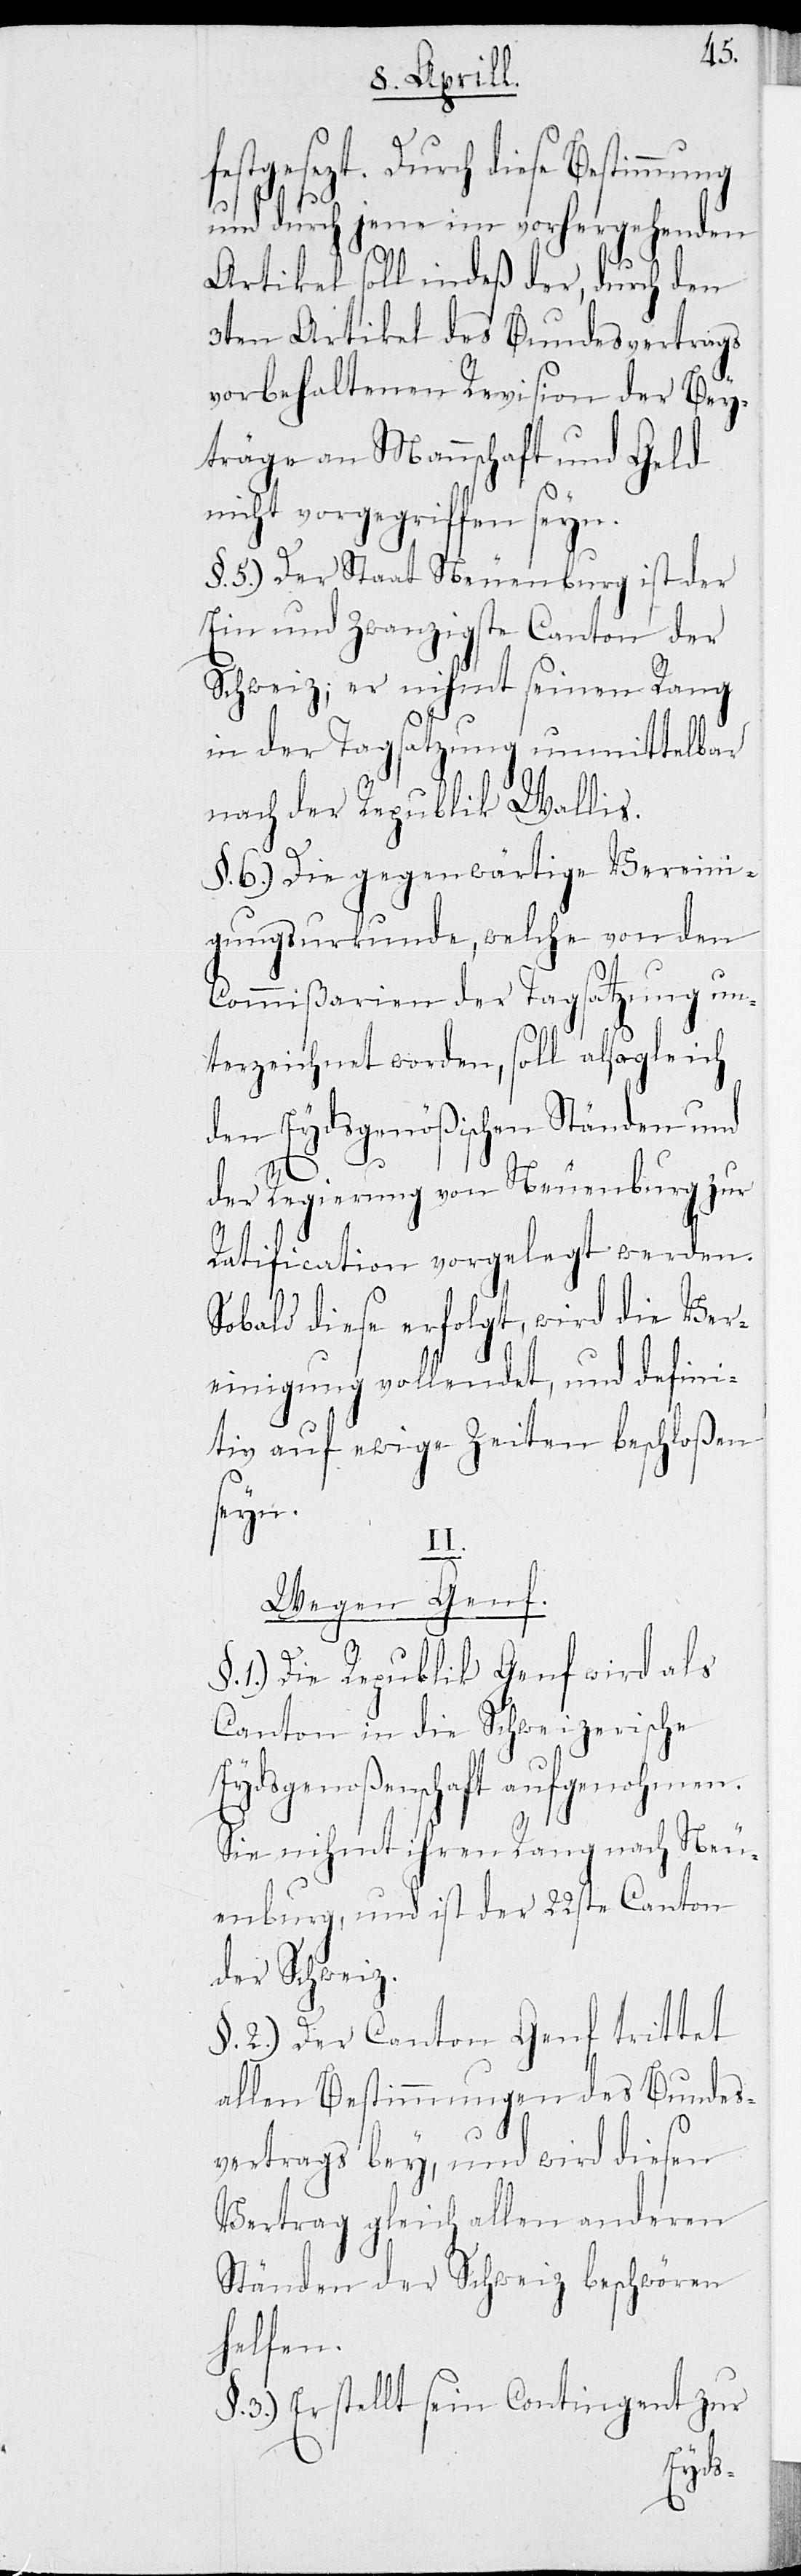
festgesetzt. Durch diese Bestimmung
und durch jene im vorhergehenden
Artikel soll indeß der, durch den
3ten Artikel des Bundesvertrags
vorbehaltenen Revision der Bey¬
träge an Mannschaft und Geld
nicht vorgegriffen seyn.
§ 5.) Der Staat Neuenburg ist der
Ein und Zwanzigste Canton der
Schweiz; er nihmt seinen Rang
in der Tagsatzung unmittelbar
nach der Republik Wallis.
§ 6.) Die gegenwärtige Vereini¬
gungsurkunde, welche von den
Commißarien der Tagsatzung un¬
terzeichnet worden, soll alsogleich
den Eydsgenößischen Ständen und
erische
der Regierung von Neuenburg zur
den.
Ratification vorgele¬
nf:
Ver¬
Sobald diese erfolgt, wird
einigung vollendet, und defini¬
tiv auf ewige Zeiten beschloßen
seyn.
II.
Wegen Ge¬
§ 1.) Die Republik Genf wird als
Canton in die Schweiz¬
Eydsgenoßenschaft aufgenohmen.
Sie nihmt ihren Rang nach Neu¬
enburg, und ist der 22ste Canton
der Schweiz.
§ 2.) Der Canton Genf trittet
allen Bestimmungen des Bundes¬
vertrags bey, und wird diesen
Vertrag gleich allen anderen
Ständen der Schweiz beschwören
helfen.
3.) Er stellt sein Contingent zur